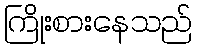
ကြိုးစားနေသည်